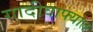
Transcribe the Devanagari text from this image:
गादीवाफ्यात